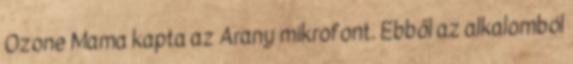
Ozone Mama kapta az Arany mikrofont. Ebből az alkalomból